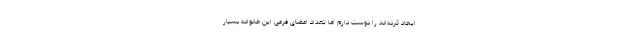
ایجاد کرده‌اند را دوست دارم اما تعداد اعضای فرعی این خانواده بسیار